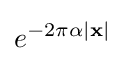
e^{-2\pi \alpha |\mathbf {x} |}